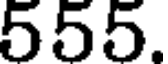
555.